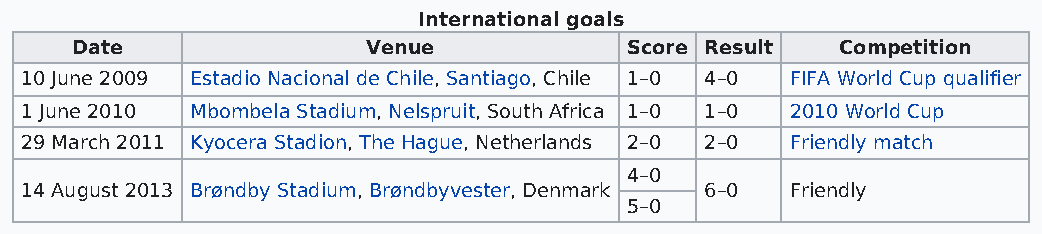
International goals
 Date               Venue             Score Result  Competition
 10 June 2009 Estadio Nacional de Chile, Santiago, Chile 1–0 4–0 FIFA World Cup qualifier
 1 June 2010 Mbombela Stadium, Nelspruit, South Africa 1–0 1–0 2010 World Cup
 29 March 2011 Kyocera Stadion, The Hague, Netherlands 2–0 2–0 Friendly match
 4–0
 14 August 2013 Brøndby Stadium, Brøndbyvester, Denmark 6–0 Friendly
 5–0